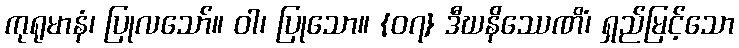
ကုရုမာနံ၊ ပြုလသော်။ ဝါ၊ ပြုသော။ {၀၇} ဒီဃနိဿေဏိံ၊ ရှည်မြင့်သော